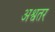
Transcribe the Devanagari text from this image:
अश्वतर